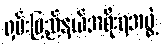
ရှမ်းပြည်နယ်အစိုးရအဖွဲ့